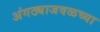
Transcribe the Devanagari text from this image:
अंगठ्याजवळच्या